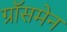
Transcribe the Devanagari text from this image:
ग्रॉसमेन